Indian journal of veterinary science and animal husbandry - Volume 7,
Year: 1937
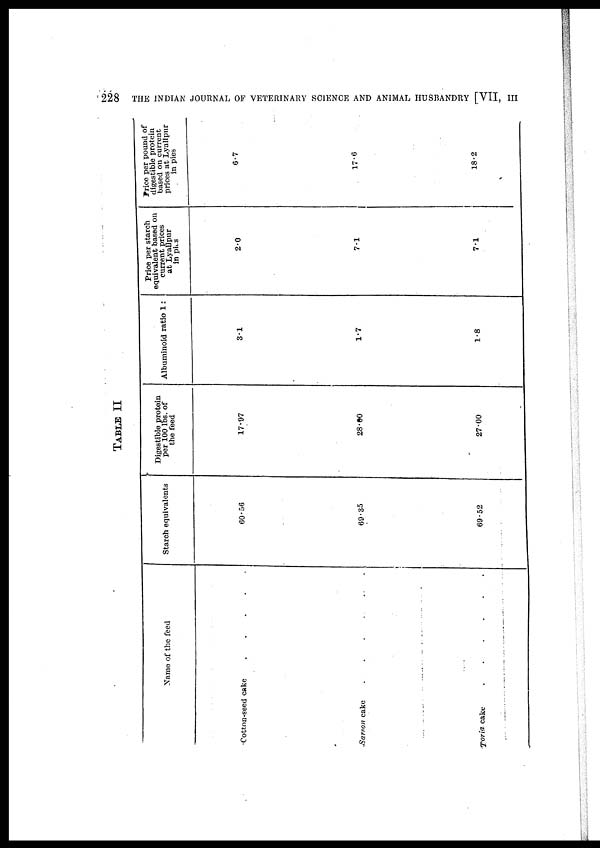
228
THE INDIAN JOURNAL OF VETERINARY SCIENCE AND ANIMAL HUSBANDRY [VII,
III
TABLE II
Name of the feed
Cotton-seed cake
.
.
.
.
.
Sarson cake
.
.
.
.
.
.
Toria cake . . . . . .
Starch equivalents
60.56
69.35
69.52
Digestible protein
per 100 lbs. of
the feed
17.97
28.60
27.00
Albuminoid ratio 1:
3.1
1.7
1.8
Price per starch
equivalent based on
current prices
at Lyallpur
in pies
2.0
7.1
7.1
Price per pound of
digestible protein
based on current
prices at Lyallpur
in pies
6.7
17.6
18.2